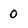
Character: 0